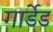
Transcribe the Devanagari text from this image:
गार्डेड